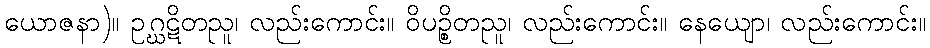
ယောဇနာ)။ ဥဂ္ဃဋိတညူ၊ လည်းကောင်း။ ဝိပဉ္စိတညူ၊ လည်းကောင်း။ နေယျော၊ လည်းကောင်း။